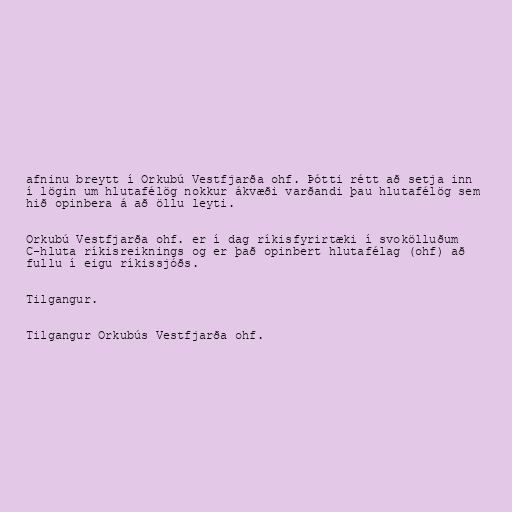
afninu breytt í Orkubú Vestfjarða ohf. Þótti rétt að setja inn
í lögin um hlutafélög nokkur ákvæði varðandi þau hlutafélög sem
hið opinbera á að öllu leyti.

Orkubú Vestfjarða ohf. er í dag ríkisfyrirtæki í svokölluðum
C-hluta ríkisreiknings og er það opinbert hlutafélag (ohf) að
fullu í eigu ríkissjóðs.

Tilgangur.

Tilgangur Orkubús Vestfjarða ohf.